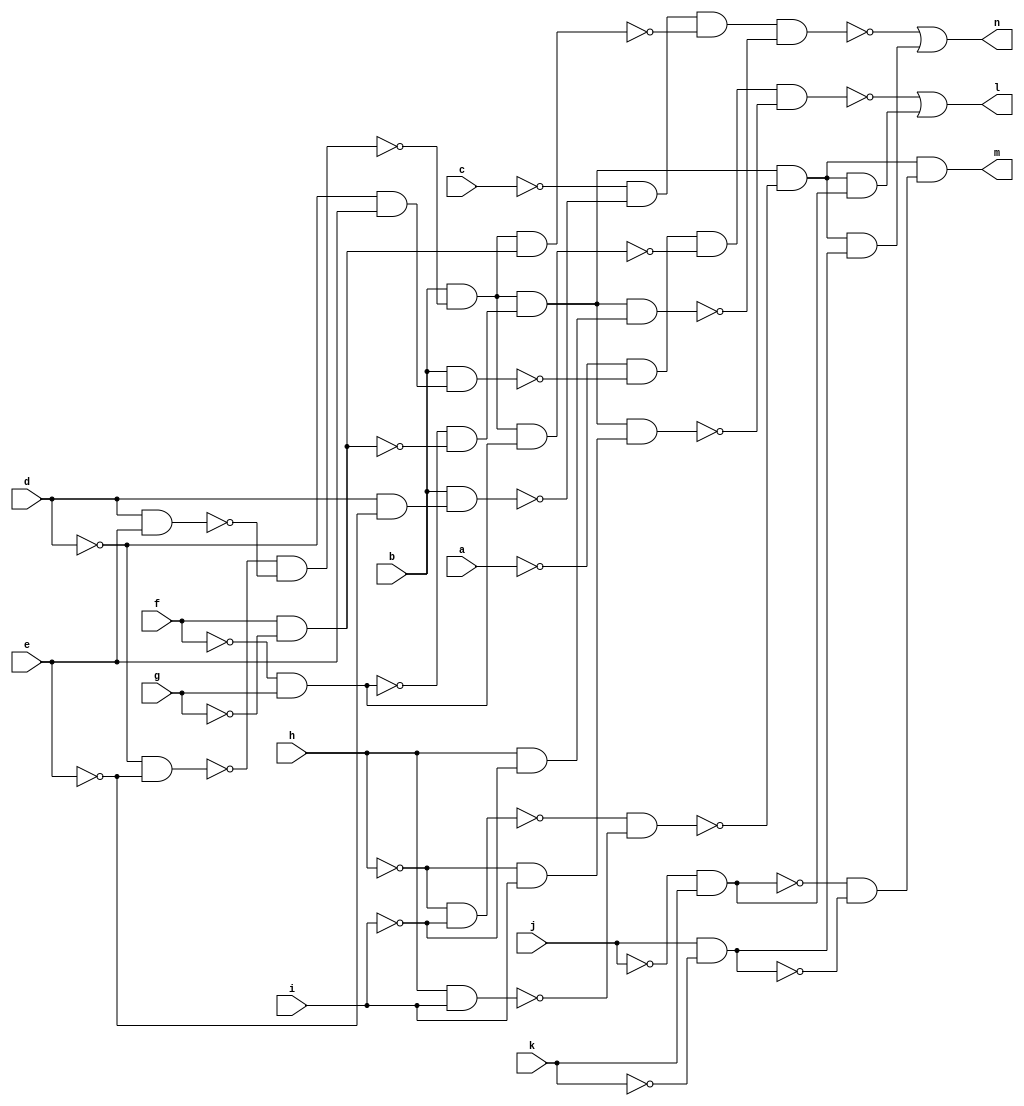
module CM85 ( 
    a, b, c, d, e, f, g, h, i, j, k,
    l, m, n  );
  input  a, b, c, d, e, f, g, h, i, j, k;
  output l, m, n;
  wire new_n15_, new_n16_, new_n17_, new_n18_, new_n19_, new_n20_, new_n21_,
    new_n22_, new_n23_, new_n24_, new_n25_, new_n26_, new_n27_, new_n28_,
    new_n29_, new_n30_, new_n31_, new_n32_, new_n33_, new_n34_, new_n35_,
    new_n36_, new_n38_, new_n39_, new_n41_, new_n42_, new_n43_, new_n44_,
    new_n45_, new_n46_, new_n47_, new_n48_, new_n49_;
  assign new_n15_ = ~d & ~e;
  assign new_n16_ = d & e;
  assign new_n17_ = ~new_n15_ & ~new_n16_;
  assign new_n18_ = b & ~new_n17_;
  assign new_n19_ = ~f & g;
  assign new_n20_ = f & ~g;
  assign new_n21_ = ~new_n19_ & ~new_n20_;
  assign new_n22_ = new_n18_ & new_n21_;
  assign new_n23_ = ~h & ~i;
  assign new_n24_ = h & i;
  assign new_n25_ = ~new_n23_ & ~new_n24_;
  assign new_n26_ = new_n22_ & ~new_n25_;
  assign new_n27_ = ~j & k;
  assign new_n28_ = ~h & i;
  assign new_n29_ = ~d & e;
  assign new_n30_ = b & new_n29_;
  assign new_n31_ = ~a & ~new_n30_;
  assign new_n32_ = new_n18_ & new_n19_;
  assign new_n33_ = new_n31_ & ~new_n32_;
  assign new_n34_ = new_n22_ & new_n28_;
  assign new_n35_ = new_n33_ & ~new_n34_;
  assign new_n36_ = new_n26_ & new_n27_;
  assign l = ~new_n35_ | new_n36_;
  assign new_n38_ = j & ~k;
  assign new_n39_ = ~new_n27_ & ~new_n38_;
  assign m = new_n26_ & new_n39_;
  assign new_n41_ = h & ~i;
  assign new_n42_ = d & ~e;
  assign new_n43_ = b & new_n42_;
  assign new_n44_ = ~c & ~new_n43_;
  assign new_n45_ = new_n18_ & new_n20_;
  assign new_n46_ = new_n44_ & ~new_n45_;
  assign new_n47_ = new_n22_ & new_n41_;
  assign new_n48_ = new_n46_ & ~new_n47_;
  assign new_n49_ = new_n26_ & new_n38_;
  assign n = ~new_n48_ | new_n49_;
endmodule